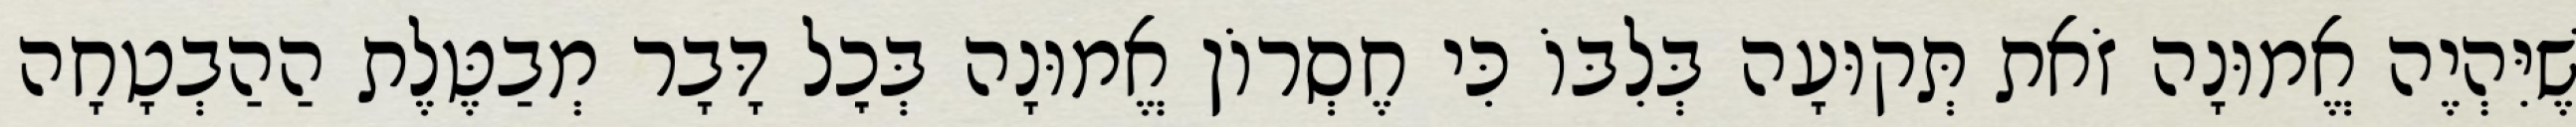
שֶׁיִּהְיֶה אֱמוּנָה זֹאת תְּקוּעָה בְּלִבּוֹ כִּי חֶסְרוֹן אֱמוּנָה בְּכׇל דָּבָר מְבַטֶּלֶת הַהַבְטָחָה